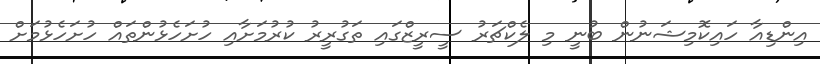
އިންޑިއާ ހައިކޮމިޝަނުން ބުނީ މި ލެކްޗަރު ސީރީޒްގައި ތަގުރީރު ކުރުމަށާއި ހުށަހެޅުންތައް ހުށަހެޅުމަށް